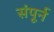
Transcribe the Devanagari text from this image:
संपूर्न